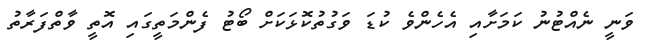
ވަނީ ނެއްޓުނު ކަމަށާއި އެހެންވެ ކުޑަ ވަގުތުކޮޅަކަށް ބޯޓު ފެންމަތީގައި އޮތީ ވާތްފަރާތު